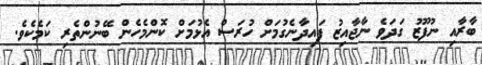
ބާރާއި ނުފޫޒު ގަދަވެ ނާޖާއިޒު ފައިދާނެގުމަށް ހުރަސް އެޅުމަށް ކޮންމެހެން ބޭނުންތެރި ކަމެކެވެ.